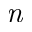
\textit { n }